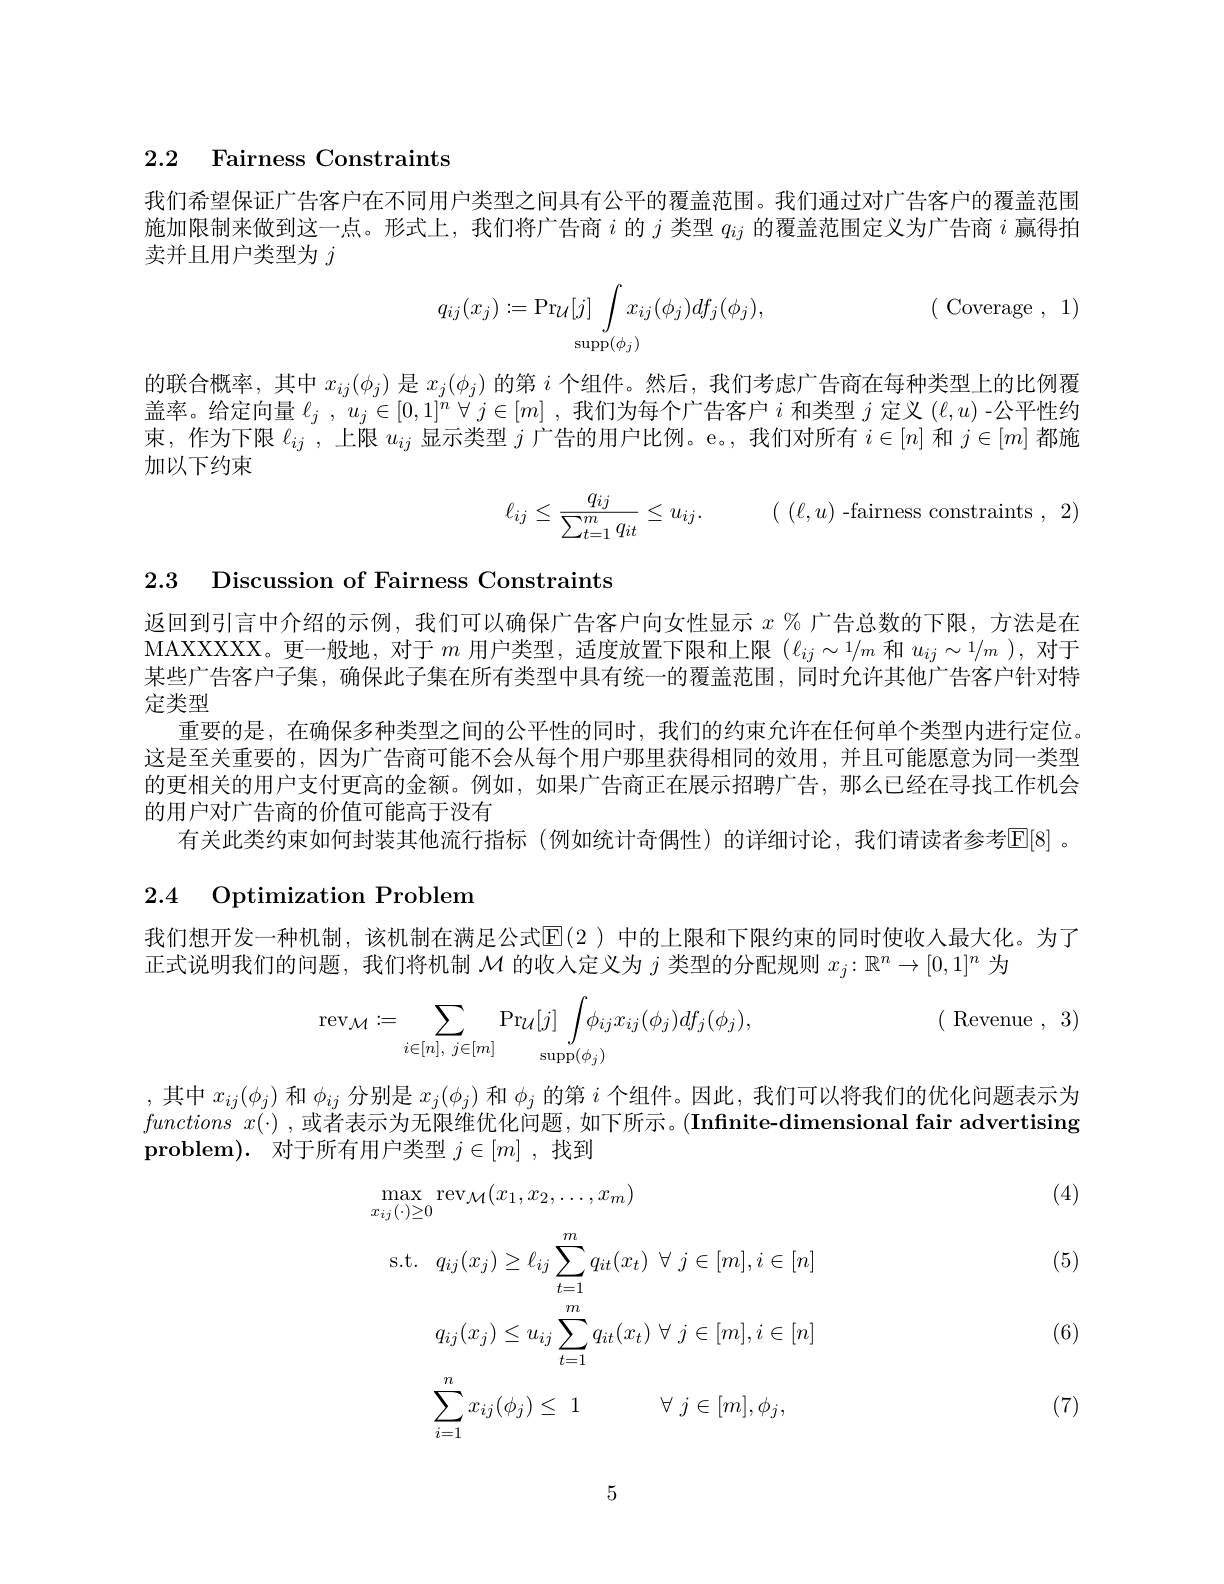
### 2.2 Fairness Constraints

我们希望保证广告客户在不同用户类型之间具有公平的覆盖范围。我们通过对广告客户的覆盖范围施加限制来做到这一点。形式上，我们将广告商$i$的$j$类型$q_{ij}$的覆盖范围定义为广告商$i$赢得拍卖并且用户类型为$j$
$$q_{ij}(x_j):=\Pr_{\mathcal{U}}[j]\int\limits_{\mathop{\mathop{\mathrm{supp}}}(\phi_j)}x_{ij}(\phi_j)df_j(\phi_j),\quad(\text{Coverage},\:1)$$
的联合概率，其中$x_{ij}(\phi_j)$是$x_j(\phi_j)$的第$i$个组件。然后，我们考虑广告商在每种类型上的比例覆盖率。给定向量$\ell _j$ , $u_j\in [ 0, 1] ^n$ $\forall$ $j\in [ m]$ ,我们为每个广告客户$i$和类型$j$定义$(\ell,u)$ -公平性约束，作为下限$\ell_ij$ ,上限$u_ij$显示类型$j$广告的用户比例。e。, 我们对所有$i\in[n]$和$j\in[m]$都施加以下约束
$$\ell_{ij}\leq\dfrac{q_{ij}}{\sum_{t=1}^mq_{it}}\leq u_{ij}.\quad(\quad(\ell,u)\text{-fairness constraints}\:,\:2)$$
2.3 Discussion of Fairness Constraints

返回到引言中介绍的示例，我们可以确保广告客户向女性显示$x$ % 广告总数的下限，方法是在MAXXXXX。更一般地，对于$m$用户类型，适度放置下限和上限$(\ell_ij\sim1/m$和$u_ij\sim1/m$ ),对于某些广告客户子集，确保此子集在所有类型中具有统一的覆盖范围，同时允许其他广告客户针对特定类型
重要的是，在确保多种类型之间的公平性的同时，我们的约束允许在任何单个类型内进行定位。这是至关重要的，因为广告商可能不会从每个用户那里获得相同的效用，并且可能愿意为同一类型的更相关的用户支付更高的金额。例如，如果广告商正在展示招聘广告，那么已经在寻找工作机会的用户对广告商的价值可能高于没有
有关此类约束如何封装其他流行指标(例如统计奇偶性)的详细讨论，我们请读者参考[E[8] 。

## 2.4 Optimization Problem

我们想开发一种机制，该机制在满足公式$\mathbb{E}(2$ )中的上限和下限约束的同时使收入最大化。为了
正式说明我们的问题，我们将机制$\mathcal{M}$的收入定义为$j$类型的分配规则$x_j:\mathbb{R}^n\to[0,1]^n$为
$$\mathrm{rev}_{\mathcal{M}}:=\sum_{i\in[n],\:j\in[m]}\mathrm{Pr}_{\mathcal{U}}[j]\int\phi_{ij}x_{ij}(\phi_{j})df_{j}(\phi_{j}),\quad(\text{Revenue}\:,\:3)$$
,其中$x_{ij}(\phi_{j})$和$\phi_{ij}$分别是$x_j(\phi_j)$和$\phi_j$的第$i$个组件。因此，我们可以将我们的优化问题表示为$functions~x(\cdot)~,~或者表示为无限维优化问题，如下所示。(Infinite-dimensional~fair~advertising$ $\mathbf{problem}) .$ 对于所有用户类型 $j\in[m]$ ,找到

(4)

(5)
$$\begin{aligned}\max_{x_{ij}(\cdot)\geq0}&\mathrm{rev}_{\mathcal{M}}(x_{1},x_{2},\ldots,x_{m})\\\mathrm{s.t.}&q_{ij}(x_{j})\geq\ell_{ij}\sum_{t=1}^{m}q_{it}(x_{t})\:\forall\:j\in[m],i\in[n]\\&q_{ij}(x_{j})\leq u_{ij}\sum_{t=1}^{m}q_{it}(x_{t})\:\forall\:j\in[m],i\in[n]\\&\sum_{i=1}^{n}x_{ij}(\phi_{j})\leq\:1\quad\forall\:j\in[m],\phi_{j},\end{aligned}$$
(6)

(7)

5